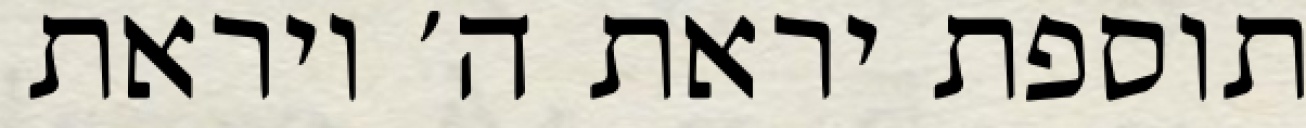
תוספת יראת ה׳ ויראת